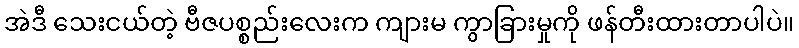
အဲဒီ သေးငယ်တဲ့ ဗီဇပစ္စည်းလေးက ကျားမ ကွာခြားမှုကို ဖန်တီးထားတာပါပဲ။